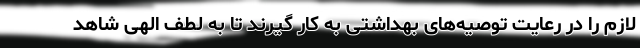
لازم را در رعایت توصیه‌های بهداشتی به کار گیرند تا به لطف الهی شاهد